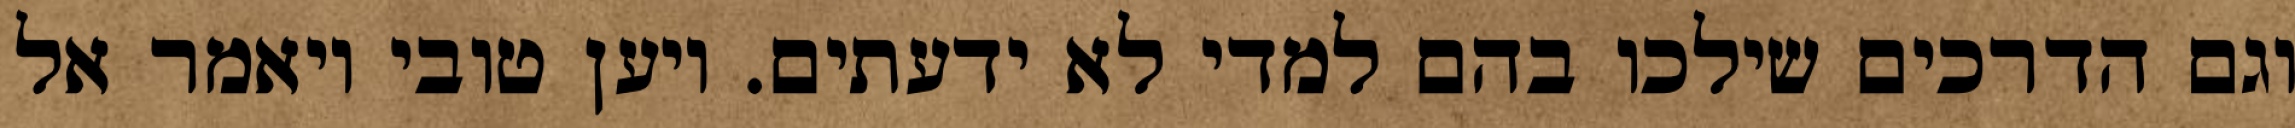
וגם הדרכים שילכו בהם למדי לא ידעתים. ויען טובי ויאמר אל